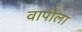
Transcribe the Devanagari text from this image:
वापीला